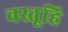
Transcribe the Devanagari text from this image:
वस्तूहि